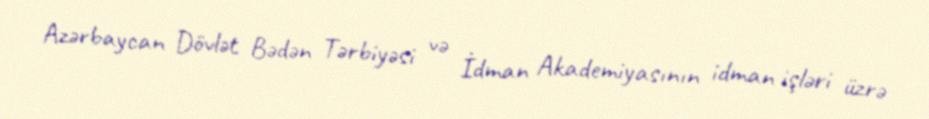
Azərbaycan Dövlət Bədən Tərbiyəsi və İdman Akademiyasının idman işləri üzrə